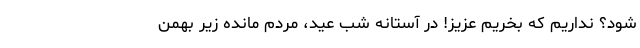
شود؟ نداریم که بخریم عزیز! در آستانه شب عید، مردمِ مانده زیر بهمن